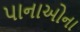
પાનાઓના